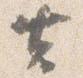
去